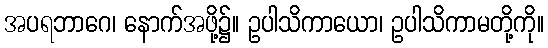
အပရဘာဂေ၊ နောက်အဖို့၌။ ဥပါသိကာယော၊ ဥပါသိကာမတို့ကို။